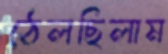
ঠেলছিলাম